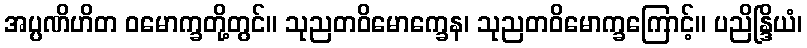
အပ္ပဏိဟိတ ဝမောက္ခတို့တွင်။ သုညတဝိမောက္ခေန၊ သုညတဝိမောက္ခကြောင့်။ ပညိန္ဒြိယံ၊